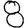
Digit: 8